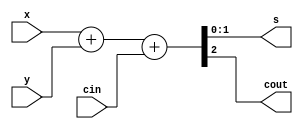
module rca_2(x,y,cin,s,cout);
	
	input [1:0] x,y;
	input cin;
	output cout;
	output [1:0] s;
	wire [2:0] temp;

	assign temp = x + y + cin;
	assign s = temp[1:0];
	assign cout = temp[2];

endmodule

module rca_3(x,y,cin,s,cout);

	input [2:0] x,y;
	input cin;
	output cout;
	output [2:0] s;
	wire [3:0] temp;

	assign temp = x + y + cin;
	assign s = temp[2:0];
	assign cout = temp[3];

endmodule

module rca_4(x,y,cin,s,cout);

	input [3:0] x,y;
	input cin;
	output cout;
	output [3:0] s;
	wire [4:0] temp;

	assign temp = x + y + cin;
	assign s = temp[3:0];
	assign cout = temp[4];

endmodule

module rca_5(x,y,cin,s,cout);

	input [4:0] x,y;
	input cin;
	output cout;
	output [4:0] s;
	wire [5:0] temp;

	assign temp = x + y + cin;
	assign s = temp[4:0];
	assign cout = temp[5];

endmodule

module rca_6(x,y,cin,s,cout);

	input [5:0] x,y;
	input cin;
	output cout;
	output [5:0] s;
	wire [6:0] temp;

	assign temp = x + y + cin;
	assign s = temp[5:0];
	assign cout = temp[6];

endmodule

module rca_7(x,y,cin,s,cout);

	input [6:0] x,y;
	input cin;
	output cout;
	output [6:0] s;
	wire [7:0] temp;

	assign temp = x + y + cin;
	assign s = temp[6:0];
	assign cout = temp[7];

endmodule